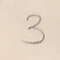
3